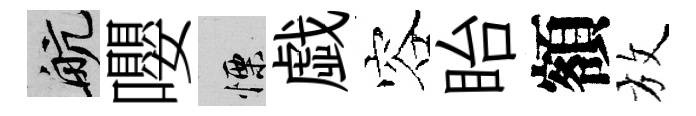
航嚶慄戯容眙額放